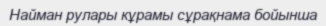
Найман рулары кұрамы сұрақнама бойынша